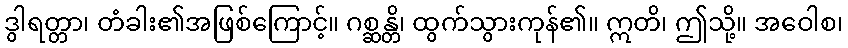
ဒွါရတ္တာ၊ တံခါး၏အဖြစ်ကြောင့်။ ဂစ္ဆန္တိ၊ ထွက်သွားကုန်၏။ ဣတိ၊ ဤသို့။ အဝေါစ၊